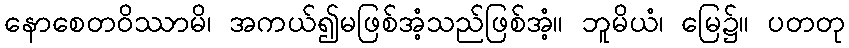
နောစေတဝိဿာမိ၊ အကယ်၍မဖြစ်အံ့သည်ဖြစ်အံ့။ ဘူမိယံ၊ မြေ၌။ ပတတု